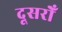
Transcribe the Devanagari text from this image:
दूसरोँ